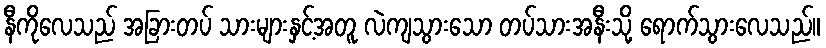
နီကိုလေသည် အခြားတပ် သားများနှင့်အတူ လဲကျသွားသော တပ်သားအနီးသို့ ရောက်သွားလေသည်။